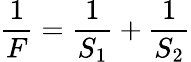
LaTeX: {\frac{1}{F}}={\frac{1}{S_{1}}}+{\frac{1}{S_{2}}}